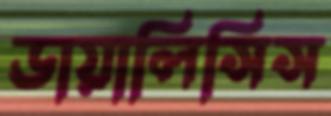
ডায়ালিসিস